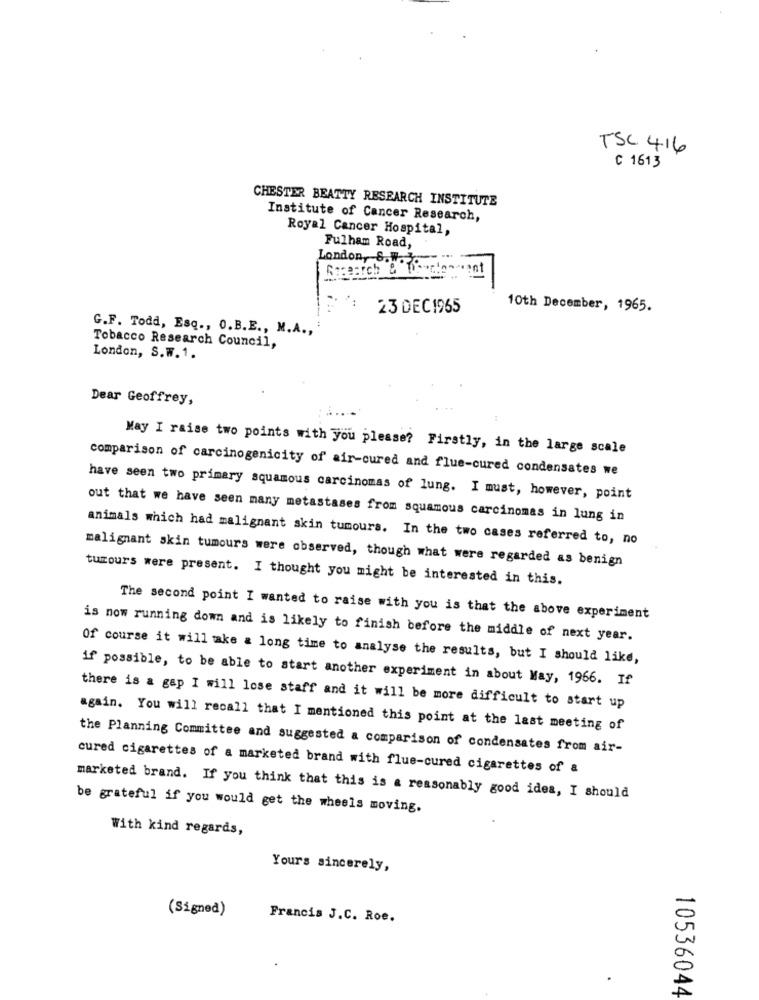
TSC 416
C 1613
CHESTER BEATTY RESEARCH INSTITUTE
Institute of Cancer Research,
Royal Cancer Hospital,
Fulham Road,
London, 8. 1 :01
Sasearch & 79
23 DEC1965
10th December, 1965.
G.F. Todd, Esq ., O.B.E ., M.A .,
Tobacco Research Council,
London, S.W. 1.
Dear Geoffrey,
May I raise two points with you please? Firstly, in the large scale
comparison of carcinogenicity of air-cured and flue-cured condensates we
have seen two primary squamous carcinomas of lung. I must, however, point
out that we have seen many metastases from squamous carcinomas in lung in
animals which had malignant skin tumours. In the two cases referred to, no
malignant skin tumours were observed, though what were regarded as benign
tumours were present. I thought you might be interested in this.
The second point I wanted to raise with you is that the above experiment
is now running down and is likely to finish before the middle of next year.
Of course it will take a long time to analyse the results, but I should like,
if possible, to be able to start another experiment in about May, 1966. If
there is a gap I will lose staff and it will be more difficult to start up
again. You will recall that I mentioned this point at the last meeting of
the Planning Committee and suggested a comparison of condensates from air-
cured cigarettes of a marketed brand with flue-cured cigarettes of a
marketed brand. If you think that this is a reasonably good idea, I should
be grateful if you would get the wheels moving.
With kind regards,
Yours sincerely,
(Signed)
Francis J.C. Roe.
10536044